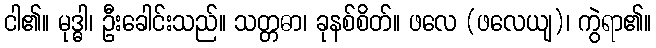
ငါ၏။ မုဒ္ဓါ၊ ဦးခေါင်းသည်။ သတ္တဓာ၊ ခုနစ်စိတ်။ ဖလေ (ဖလေယျ)၊ ကွဲရာ၏။